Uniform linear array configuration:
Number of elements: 16
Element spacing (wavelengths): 0.5
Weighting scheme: exponential
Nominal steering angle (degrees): -15
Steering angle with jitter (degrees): -13.088
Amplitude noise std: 0.05
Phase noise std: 0.05

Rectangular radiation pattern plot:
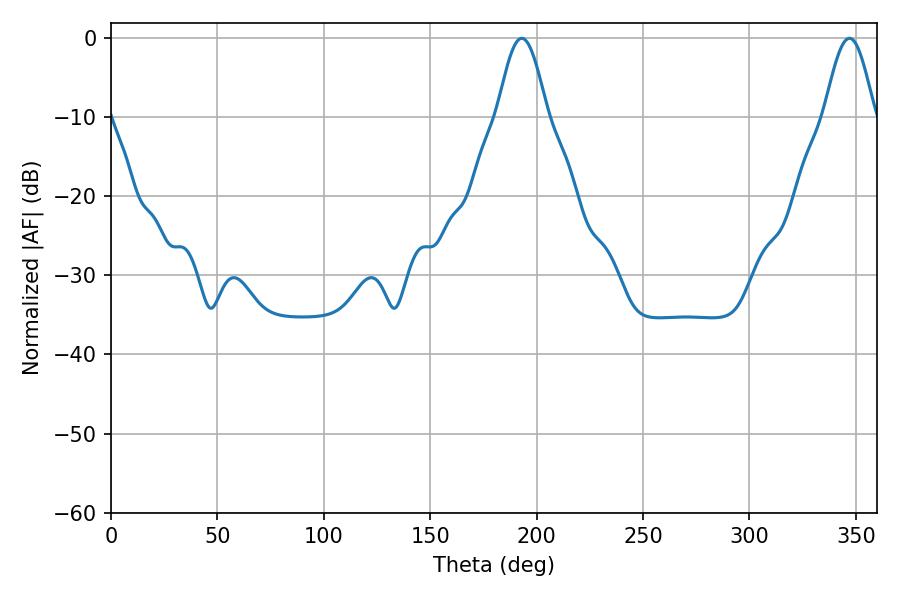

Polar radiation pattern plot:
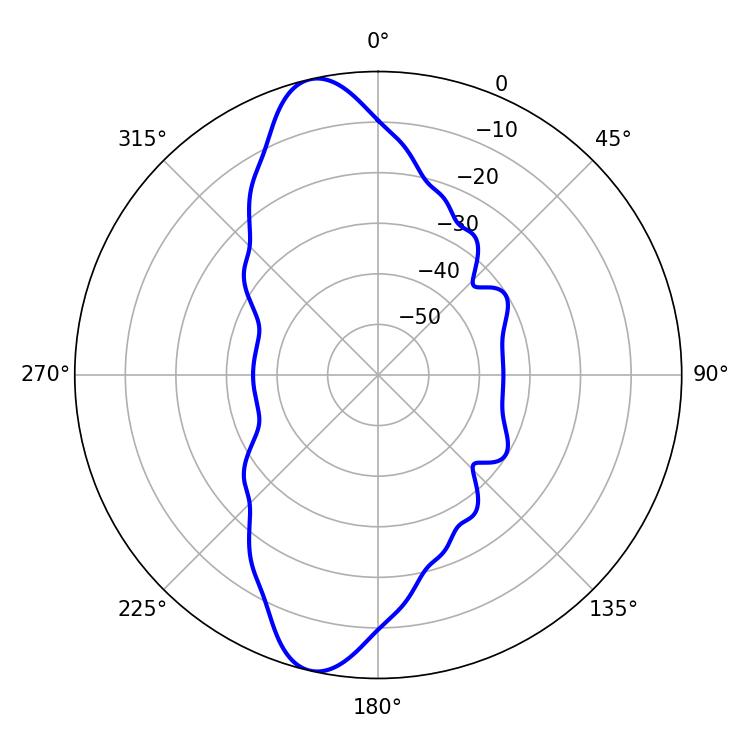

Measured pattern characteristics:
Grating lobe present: FALSE
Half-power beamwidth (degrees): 12.42
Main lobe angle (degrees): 192.96